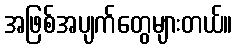
အဖြစ်အပျက်တွေများတယ်။